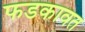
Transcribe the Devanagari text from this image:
फडकावत